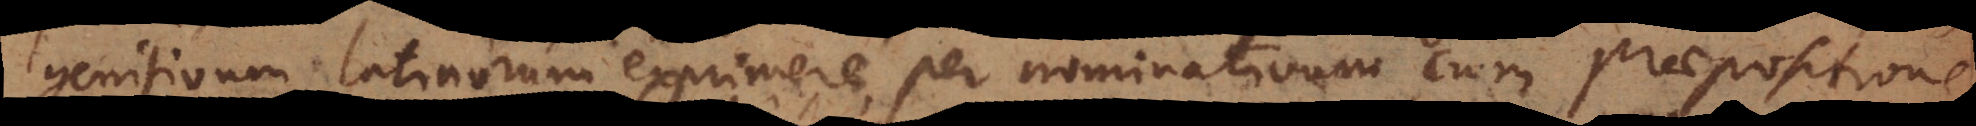
genitivum latinorum exprimere per nominativum cum praepositione,